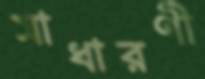
সাধারণী